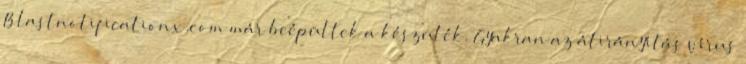
Blastnotificationx.com már beépültek a készülék. Gyakran az átirányítás vírus